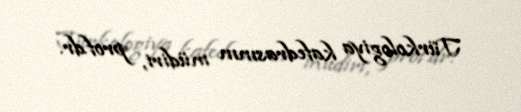
Türkologiya kafedrasının müdiri, prof.dr.